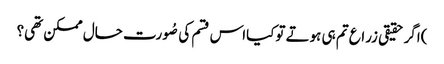
)اگر حقیقی زراع تم ہی ہوتے توکیااس قسم کی صُورت حال ممکن تھی؟